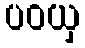
ပဝယှ